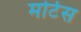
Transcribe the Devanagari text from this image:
मोर्टस